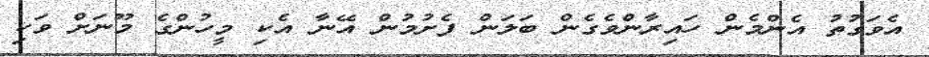
އެވަގުތު އެންމެން ހައިރާންވެގެން ބަލަން ފެށުމުން އޭނާ އެކި މީހުންގެ މޫނަށް ވަކި